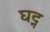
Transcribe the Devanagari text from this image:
घट्न